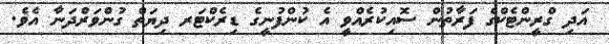
އަދި ގްރީންޓެކްގެ ފަރާތުން ސޮއިކުރެއްވީ އެ ކުންފުނީގެ ޑިރެކްޓަރ ދިޔަތް ގުންވަރްދަނާ އެވެ.